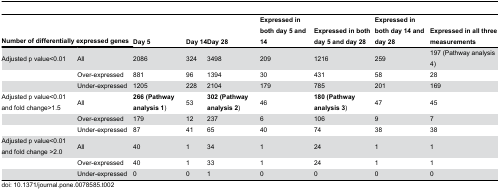
| <COLSPAN=2> Number of differentially expressed genes | Day 5 | Day 14 | Day 28 | Expressed in both day 5 and 14 | Expressed in both day 5 and day 28 | Expressed in both day 14 and day 28 | Expressed in all three measurements |
 | --- | --- | --- | --- | --- | --- | --- | --- | --- |
 | Adjusted p value<0.01 | All | 2086 | 324 | 3498 | 209 | 1216 | 259 | 197 (Pathway analysis 4) |
 |  | Over-expressed | 881 | 96 | 1394 | 30 | 431 | 58 | 28 |
 |  | Under-expressed | 1205 | 228 | 2104 | 179 | 785 | 201 | 169 |
 | Adjusted p value<0.01 and fold change>1.5 | All | 266 (Pathway analysis 1) | 53 | 302 (Pathway analysis 2) | 46 | 180 (Pathway analysis 3) | 47 | 45 |
 |  | Over-expressed | 179 | 12 | 237 | 6 | 106 | 9 | 7 |
 |  | Under-expressed | 87 | 41 | 65 | 40 | 74 | 38 | 38 |
 | Adjusted p value<0.01 and fold change >2.0 | All | 40 | 1 | 34 | 1 | 24 | 1 | 1 |
 |  | Over-expressed | 40 | 1 | 33 | 1 | 24 | 1 | 1 |
 |  | Under-expressed | 0 | 0 | 1 | 0 | 0 | 0 | 0 |